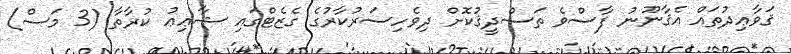
ޤަވާޢިދުތައް އެޤާނޫނު ފާސްވެ ތަސްދީޤުކޮށް ދިވެހިސަރުކާރުގެ ގެޒެޓްގައި ޝާޢިޢު ކުރާތާ (3 މަސް)